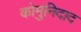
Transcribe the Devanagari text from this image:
कोमुनिदाद